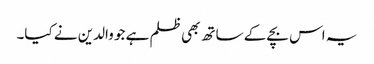
یہ اس بچے کے ساتھ بھی ظلم ہے جو والدین نے کیا۔